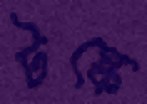
টস্‌কে